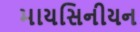
માયસિનીયન